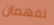
تفهمان